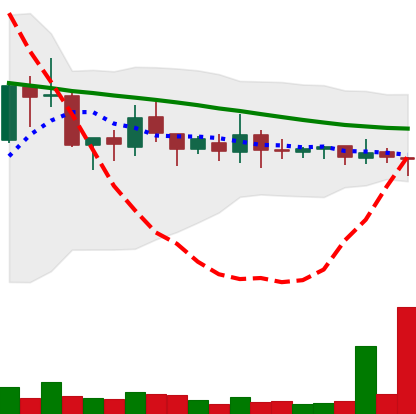
Ticker: XMR-USD
Chart end date: 2018-10-10
Forward return: -5.597%
Label: down_5_7